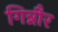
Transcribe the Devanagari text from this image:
गिन्नौर